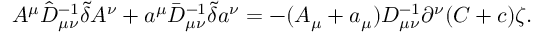
A ^ { \mu } \hat { D } _ { \mu \nu } ^ { - 1 } \tilde { \delta } A ^ { \nu } + a ^ { \mu } \bar { D } _ { \mu \nu } ^ { - 1 } \tilde { \delta } a ^ { \nu } = - ( A _ { \mu } + a _ { \mu } ) D _ { \mu \nu } ^ { - 1 } \partial ^ { \nu } ( C + c ) \zeta .